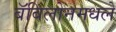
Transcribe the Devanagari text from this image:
बॅबिलोनमधले